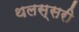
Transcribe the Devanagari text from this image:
थलस्सरी